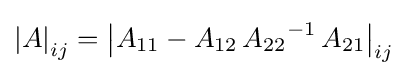
\left|A\right|_{ij}=\left|A_{11}-A_{12}\,{A_{22}}^{-1}\,A_{21}\right|_{ij}